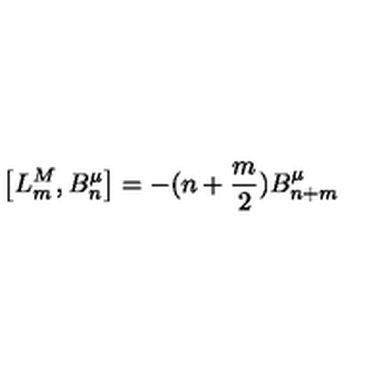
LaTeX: \left[ L _ { m } ^ { M } , B _ { n } ^ { \mu } \right] = - ( n + \frac { m } { 2 } ) B _ { n + m } ^ { \mu }